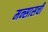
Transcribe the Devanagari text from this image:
मन्सासची